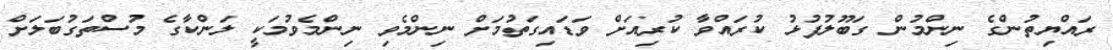
ރައްޔިތުންގެ ނިންމުން ގަބޫލުފުޅު ކުރައްވާ ކުރިއަށް ވަޑައިގަތުމަށް ނިންމެވި ނިންމެވުމަކީ ލަންކާގެ މުސްތަގުބަލަށް